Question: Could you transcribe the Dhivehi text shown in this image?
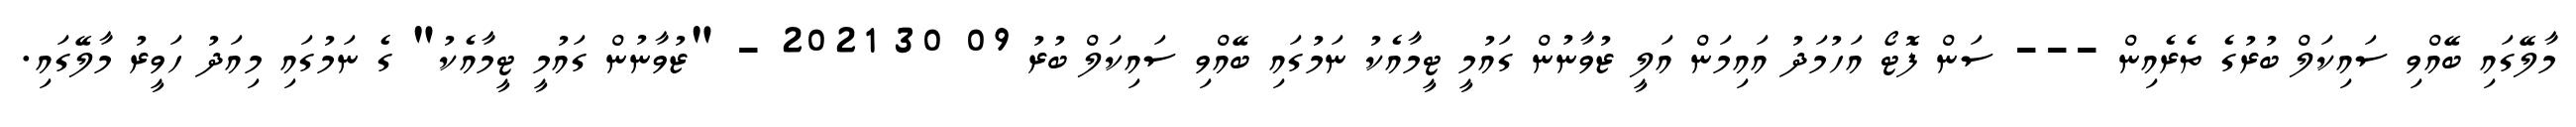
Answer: މާލޭގައި ބޭއްވި ސައިކަލް ބުރުގެ ތެރެއިން --- ސަން ފޮޓޯ އަހުމަދު އައިމަން އަލީ ޒުވާނުން ގައުމީ ޓީމާއެކު ނަމުގައި ބޭއްވި ސައިކަލް ބުރު 09 30 2021 - "ޒުވާނުން ގައުމީ ޓީމާއެކު" ގެ ނަމުގައި މިއަދު ހަވީރު މާލޭގައި.